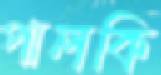
পালকি